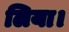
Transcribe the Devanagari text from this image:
लिया।